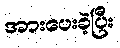
အားပေးခဲ့ပြီး